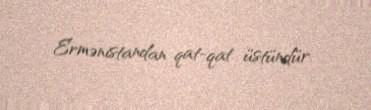
Ermənistandan qat-qat üstündür.